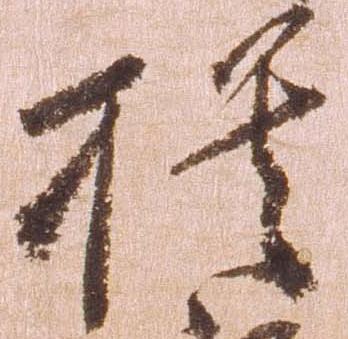
模